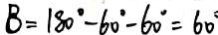
B = 1 8 0 ^ { \circ } - 6 0 ^ { \circ } - 6 0 ^ { \circ } = 6 0 ^ { \circ }